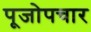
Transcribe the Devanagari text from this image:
पूजोपचार